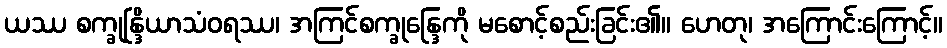
ယဿ စက္ခုန္ဒြိယာသံဝရဿ၊ အကြင်စက္ခုန္ဒြေကို မစောင့်စည်းခြင်း၏။ ဟေတု၊ အကြောင်းကြောင့်။